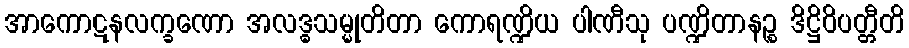
အာကောဋနလက္ခဏော အလဒ္ဓသမ္မုတိတာ ကောရဏ္ဍိယ ပါဏီသု ပဏ္ဍိတာနဉ္စ ဒိဋ္ဌိဝိပတ္တီတိ